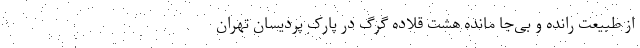
از طبیعت رانده و بی‌جا مانده هشت قلاده گرگ در پارک پردیسان تهران